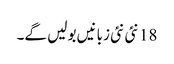
18 نئی نئی زبانیں بولیں گے۔